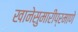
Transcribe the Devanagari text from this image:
खानेसुमारीप्रमाणे